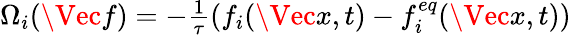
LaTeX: \begin{array}{r}{\Omega_{i}(\Vec{f})=-\frac{1}{\tau}(f_{i}(\Vec{x},t)-f_{i}^{eq}(\Vec{x},t))}\end{array}